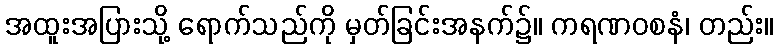
အထူးအပြားသို့ ရောက်သည်ကို မှတ်ခြင်းအနက်၌။ ကရဏဝစနံ၊ တည်း။